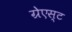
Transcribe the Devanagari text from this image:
ग्रेएस्ट